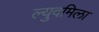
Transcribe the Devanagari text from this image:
ल्युदमिला